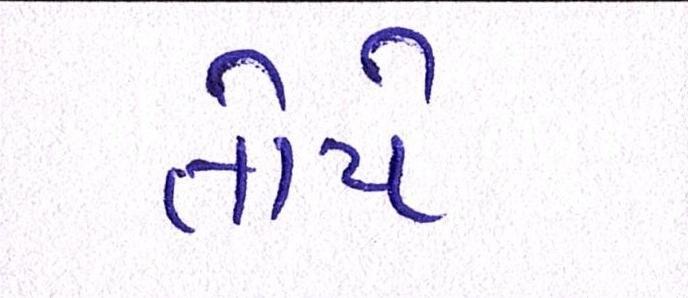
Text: તોયે